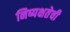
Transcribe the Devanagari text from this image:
निष्‍पक्षतेची